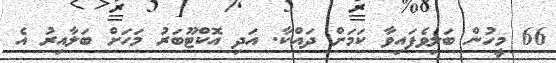
66 މީހުން ބަލިވެފައިވާ ކަމަށް ދައްކާ. އަދި އޮކްޓޫބަރު މަހަށް ބަލާއިރު އެ